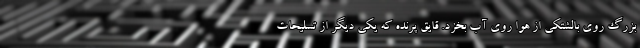
بزرگ روی بالشتکی از هوا روی آب بخزد. قایق پرنده که یکی دیگر از تسلیحات